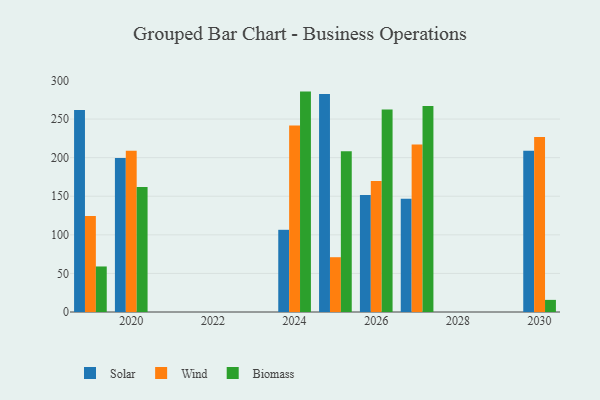
{"axis": {"x": "Year", "y": "Revenue (USD Million)"}, "legend": ["Biomass", "Solar", "Wind"], "data": [{"x": "2030", "y": 208.9, "type": "Solar"}, {"x": "2030", "y": 226.8, "type": "Wind"}, {"x": "2030", "y": 15.7, "type": "Biomass"}, {"x": "2025", "y": 282.5, "type": "Solar"}, {"x": "2025", "y": 71.0, "type": "Wind"}, {"x": "2025", "y": 208.3, "type": "Biomass"}, {"x": "2027", "y": 146.6, "type": "Solar"}, {"x": "2027", "y": 217.2, "type": "Wind"}, {"x": "2027", "y": 267.1, "type": "Biomass"}, {"x": "2020", "y": 199.6, "type": "Solar"}, {"x": "2020", "y": 208.8, "type": "Wind"}, {"x": "2020", "y": 162.1, "type": "Biomass"}, {"x": "2024", "y": 106.5, "type": "Solar"}, {"x": "2024", "y": 241.7, "type": "Wind"}, {"x": "2024", "y": 285.6, "type": "Biomass"}, {"x": "2019", "y": 261.8, "type": "Solar"}, {"x": "2019", "y": 124.4, "type": "Wind"}, {"x": "2019", "y": 59.0, "type": "Biomass"}, {"x": "2026", "y": 151.5, "type": "Solar"}, {"x": "2026", "y": 169.8, "type": "Wind"}, {"x": "2026", "y": 262.3, "type": "Biomass"}]}